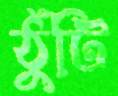
ঠুঁটি